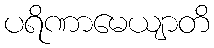
ပရိဏာမေယျာတိ